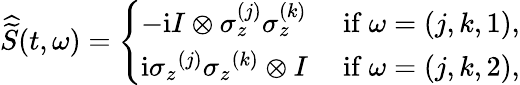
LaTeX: \widehat{\widetilde{S}}(t,\omega)=\left\{ \begin{array}{ll}{-\mathrm{i}I\otimes\sigma_{z}^{(j)}\sigma_{z}^{(k)}}&{\mathrm{~if~}\omega=(j,k,1),}\\ {\mathrm{i}{\sigma_{z}}^{(j)}{\sigma_{z}}^{(k)}\otimes I}&{\mathrm{~if~}\omega=(j,k,2),}\end{array}\right.